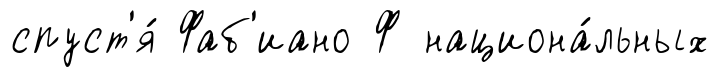
спуст'я́ Фаб'иано Ф национа́льных